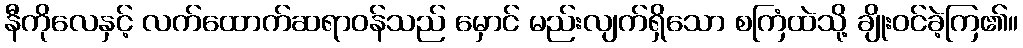
နီကိုလေနှင့် လက်ထောက်ဆရာဝန်သည် မှောင် မည်းလျက်ရှိသော စကြံထဲသို့ ချိုးဝင်ခဲ့ကြ၏။